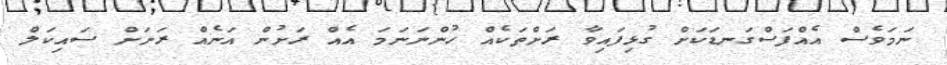
ނަަމަވެސް އެއްފަސްގަނޑަކަށް ގުޅިފައިވާ ރަށްތަކެއް ހުންނަނަމަ އެއް ރަށުން އަނެއް ރަށަށް ސައިކަލް